Annual report of the Imperial Bacteriological Laboratory, Muktesar
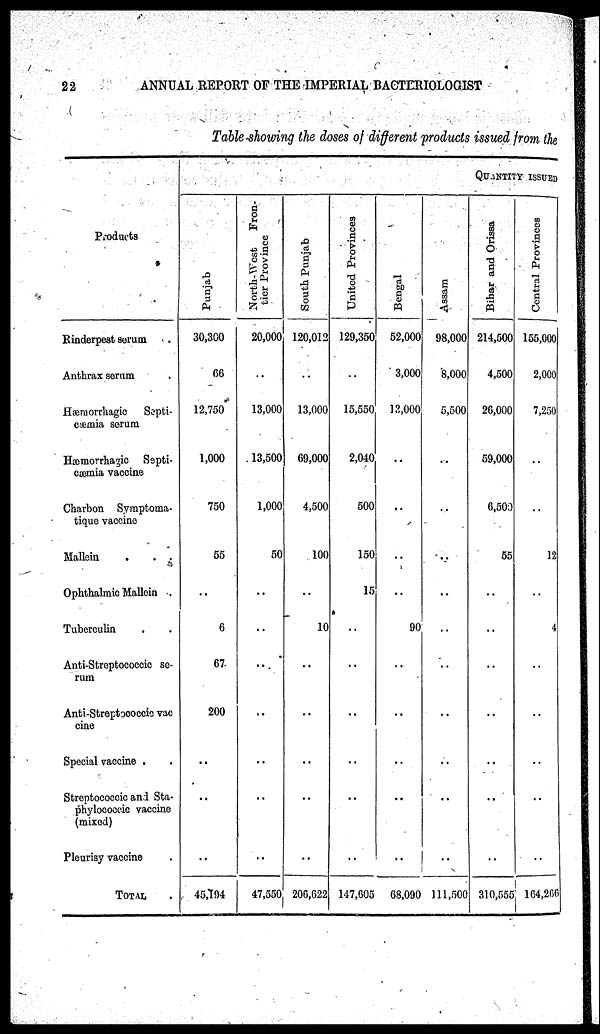
ANNUAL REPORT OF THE IMPERIAL BACTERIOLOGIST
Table showing the doses of different products issued from the
Products
Rinderpest serum
Anthrax serum
Hæmorrhagic Septi-
cæmia serum
Hæmorrhagic Septi-
cæmia vaccine
Charbon Symptoma¬
tique vaccine
Mallein
.
. .
Ophthalmic Mallein .
Tuberculin
Anti-Streptococcic se-
rum
Anti-Streptococcic vac-
cine
Special vaccine
Streptococcic and Sta-
phylococcic vaccine
(mixed)
Pleurisy vaccine
TOTAL
Punjab
30,300
66
12,750
1,000
750
55
..
6
67
200
..
..
..
45,194
North-West
Fron-
tier Province
20,000
..
13,000
13,500
1,000
50
..
..
..
..
..
..
..
47,550
South Punjab
120,012
..
13,000
69,000
4,500
100
..
10
..
..
..
..
..
206,622
United Provinces
129,350
..
15,550
2,040
500
150
15
..
..
..
..
..
..
147,605
Bengal
52,000
3,000
13,000
..
..
..
..
90
..
..
..
..
..
68,090
QUANTITY ISSUED
Assam
98,000
8,000
5,500
..
..
..
..
..
..
..
..
..
111,500
Bihar and Orissa
214,500
4,500
26,000
59,000
6,500
55
..
..
..
..
..
..
310,555
Central Provinces
155,000
2,000
7,250
12
4
164,266